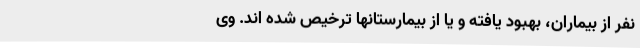
نفر از بیماران، بهبود یافته و یا از بیمارستانها ترخیص شده اند. وی